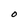
Character: O